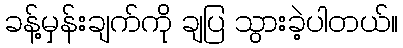
ခန့်မှန်းချက်ကို ချပြ သွားခဲ့ပါတယ်။